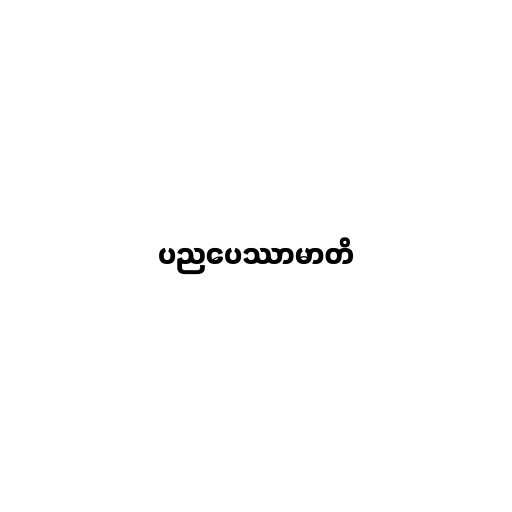
ပညပေဿာမာတိ